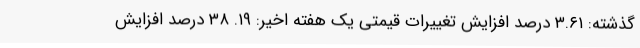
گذشته: ۳.۶۱ درصد افزایش تغییرات قیمتی یک هفته اخیر: ۱۹. ۳۸ درصد افزایش